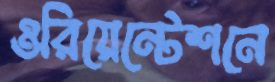
ওরিয়েন্টেশনে